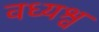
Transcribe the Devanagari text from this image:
वध्यश्व